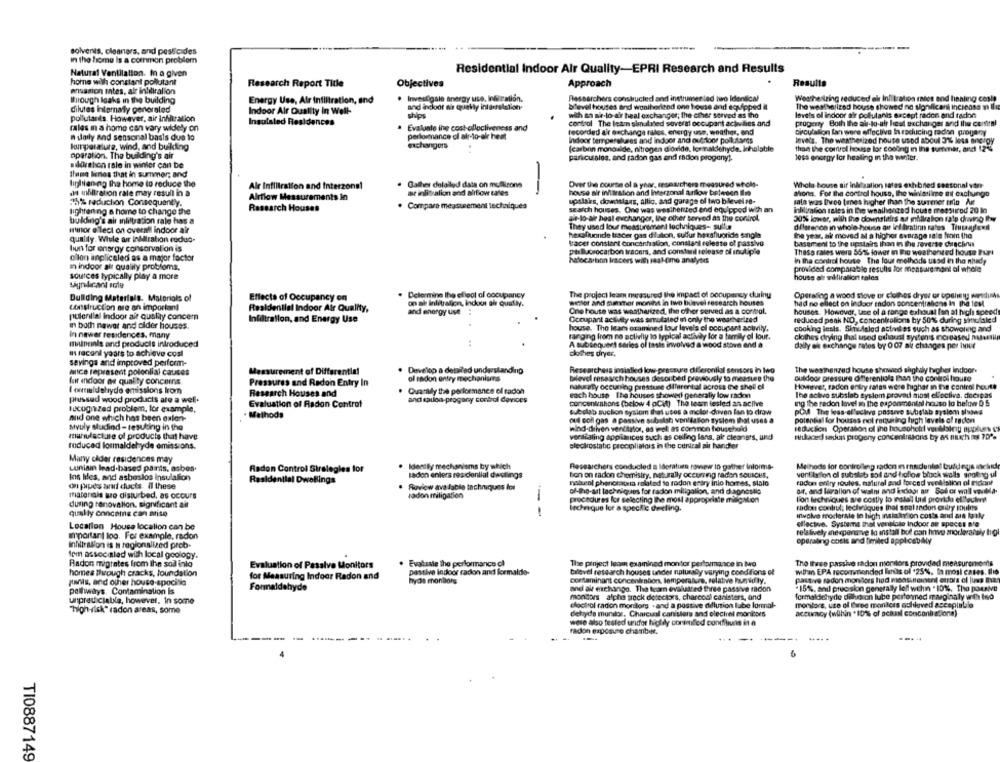
solvents, cleaners, and pesticides
In the home Is a common problem
Natural Ventilation. In a given
Residential Indoor Air Quality-EPRI Research and Results
home with constant pollutant
Research Report Title
Objectives
Approach
Results
mussion mtes, alr intiliralion
Through leaks in the building
Energy Use, Alr Infiltration, and
. Investigale energy use, Infization.
Researchers constructed and instrumen led tio Identical
Weathestring reduced el In! tration ries and hisning costa
and incloot wir qually intarrelation-
blevel houses and wontheriend one house and equipped il
The weatherized house showed no significant incicosa a Ili
dilutes internally generaled
Indoor Air Quality In Well-
ships
with th se-lo air heal exchanger; the cther served as the
levels of indoor air pollutants except radon and radon
pollutants, However, air infiltration
Insulated Residences
control The leam simulated soveral occupant activities and
progeny Both the air-to-afr heat exchanger and Ile confitsl
rales in a home can vary widely on
Evaluate the cost-olloctiveness and
nulally and sensonal basis due to
performance cl alr-to-ele heat
recorded air exchange rales, energy use, weather, and
Calculation Lan were effective In reducing radon progeny
kunperalura, wind, and building
exchangers
Indoor temperatures and indoor and outroor pollutants
levels. The weatherized house used about 3%% less anchoy
(carbon monoxide, nitrogen didaide, losmaldehyde. Ichalatile
than the control house lor coding in the turnmer, and 12-4
operation. The building's air
paniculales, and radon gas and radon progeny).
less energy for healing in the winter.
storehon rsle in winter can be
thame benes that in summer; and
lightening the home to reduce the
Galhet delailed data on mollirons
Over the course ol a year, researchers measured whole-
Whole house air inlesalion sates exhibited seasonal von-
Alr Infiltration and Interzons!
-
nexusse sir initilration and interzonal Arilow belesen Ilm
de infiltration rale may result in a
Airflow Measurements In
at inlittralion and airflow tales
upslaks, downstars, allig, and garage of two blevel re-
shona. For the control house, the winleslire ait cachunge
35% reduction Consequently.
Research Houses
Compare measurement techniques
male was Ilvos tres higher than the surmer rilo Art
lightening a home to change the
search houses. One was wesihenized end equipped with an
inlilication sales in the waallenzed house meesurod 20 In
bulding's air infiltration rale has a
ale-lo-air heat exchanger, the other served as the control.
30% lower, with the downstairs a milliabon ratp driving Itw
Hunor elect on overall indoor air
They used lour measurement lochniques- sullus
dilsenco in whole house ait ief liratinn rates Tiusasyloeil
hexafluonde tescer gas dilution, sulfur hexafluoride single
the year, ak moved a a higher average sale howin the
quality. Wiele air inMilration coduo-
tracer constant Concerfralion, constant celeste of passivo
basement to the upstairs thon in the reverse chracirus
bun for energy conservation is
phillucrocarbon traders, and constant release of mnul.pie
These rates were 56% lower in the weatherseed house Furt
ollen anglicaled as a major factor
halocarbon iracers with real-time analyses
In the control house The lour methods used in the nhsdy
in indoor alt qualily probloms.
provided comparable resulis for measurement of whole
sources typically play a more
house an saliralion tales
Dullding Materials. Matorials of
Effects of Occupancy on
Determine the elleol ol occupancy
The project leam measured the impact of occupancy durinu
Operating a wood stove or clothes dryer or opsheng wesinks
construction are an important
on ah inletrafices, Indoor air Qually.
winter and summer months in two bilevel research houses
had no ellect on indoor endon concentrations In the test
Residential Indoor Air Quality,
and energy use :
One house was weatherized, the other served as a cormol.
houses. However, tase ol a range exhaust fan at high speed
pulenllal indoor air quality concern
Infiltration, and Energy Use
Occupant activity was smulated ui only the weatherized
reduced peak NO, concentrolions by 50% during simulaled
in both nawer and older houses.
house. The leam examined lour levels el occupant activily.
cooking lests. Sinufalod activities such as showonnig and
In newer residences. many
ranging from no activiy to typical activay for a family of four.
clothes drying Ihal used oshort systenis increased natettil
muntinis and products introduced
A subsequent series of tasis involved a wood stove and a
dally ek exchange rates by 0 07 ait changes per hour
m racenl years to achieve cost
clothes dryer.
savings and improved perform-
Ance represent polonlial cauces
Measurement of Differential
Develop a detailed understanding
Researchers insisted low pressure differential sensors in two
The weamenzed house showed sighaly hughes indoor-
fur endoor as quality concerns
Pressures and Radon Entry In
ol radon entry mechaniurs
belevel research houses described previously to measure the
outdoor pressure differenjula than the control house
naturaty occuring prestase diferental across the shell el
However, radon entry salas wore higher in the control heurte
I oneeldetrydo emissions lrom
Research Houses and
Quasilily the performance of radon
each house The houses showedi generally low radon
The activo subslab tyslom provad most ellocliva. decipas
pressed wood products ato a well.
Evaluation of Radon Controf
and sauloa-progany control devices
concenichons (below 4 pCit) The lesm tesled an active
ng the redon lavel in the saponmental house lo below 0 5
ILcugized problem, for example,
sulbolab suction system that uses a molot-doven fun to draw
pCt The less-el'achive posseve subelab syslem slaMs
muid one which has been oxlon-
Methods
oul coll gas a passive subslsh vonilation system that uses a
potential for houses not routing high levels of radon
stvuly sludind - testing in the
reduction Operason of the househotel vendusiny spikes
wind-driven ventilator, as well as comnon household
manufacture of products that have
ventilating appliances such as ceiling lens, ale cleaners, und
ruckaced sanduns progony concentrations by as nich ons 10".
reduced formaldehyde omissions.
electrostatic pecciolialors in the central air handler
Many clder residences may
Identy mechanisms by which
Researchers conducted a Iderature rovsew in gather informa-
Methods for controlling radon menudunlnl buld nys mckid
Luniain lead-based paints, asbes.
Radon Control Strategies for
los liles, and asbestos insulation
Residential Dwellings
saden enlers res cienllal dwellings
Bon on radon chemistry, naturally occurring radon sousces,
radka entry roules, natural and forced welistion of inicioint
vonlilyfon ol subslub soll and hollow block walls singleng ul
on pipes and ducts. il these
Rovicw available techniques lot
notueol phenotatra ralaled to rodon entry inio homes, stalo
materiais we disturbed, as ocours
radon miligation
of-the-art techniques for radon miligalion, and diagnostle
auf, and livralion of walni and indoor air Sof or wall voceda.
during ranovalion. significant ait
procedures for selecting the most appropriate mitigation
L'on techniques are costly to install Util provide elitecin
--
technique for a specific decling.
radost conliul; leciviques that scal andons oniry ouins
qually Conceine can arise
involve trocarale le high malakitlion costa and ais kal
Location House localion can be
effective. Systems thal ventilate indoor an spaces n'e
relatively anexpensive to install bol can have anocleranaly hgl
Important loo. For example, radon
operating ebels and fimiled applosbyMy
Inhilly allon is a regionalized prob.
fem associated with local geology.
Radon migrates from the sod into
Evaluation of Pasalve Monitors
Evaluate the performance cl
The project loom examined montor performance in two
The Itwee passive radon monitors provided measuremoms
homes through cracks, foundation
passive indoor radon and formalde-
talevel research houses under nplusaly varying conditions of
withan EPA recomiendod laniis of '25%. In most cases. Ilio
for Measuring Indoor Radon and
hyos monilors
contaminant concentration, lemperalure, relative humidity.
passive radon mondlors had measurement otrais el luss than
jonas, and other house-apocita
Formaldehyde
-15%, and precision generally lefl wthin . 10%. Tho passive
pathways. Contamination Is
and alr euchango. The team evaluated three passive racion
unpred ciable, however. In some
monitors alpha trock detectors, charcos) canisters, and
formaldehyde dilluo on lube performed masglaaly with tno
elociol radon mordlors - and a passive dilution lube formal-
trorlors, use of free mentces achieved acceptable
"high-risk" radon areas, some
dehyde monitor. Charcual canisters and clecirel monitors
accumcy (within *101% of actual conconb ations)
wese also tested uidfor highdy contolled conditions in a
radon exposure chamber.
.....
TI0887149